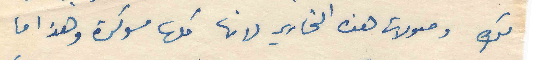
لكِ وصولات هذه التحارير لانها كلها مسوكرة وهذا ما